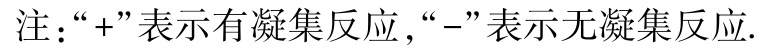
注：“+”表示有凝集反应，“-”表示无凝集反应.